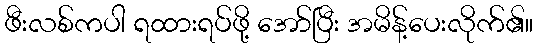
ဖီးလစ်ကပါ ရထားရပ်ဖို့ အော်ပြီး အမိန့်ပေးလိုက်၏။